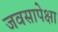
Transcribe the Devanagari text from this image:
जवसापेक्षा